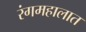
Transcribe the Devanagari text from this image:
रंगमहालात